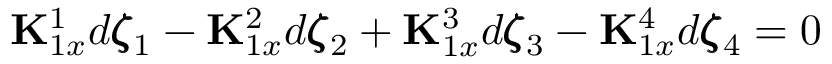
{ \bf K } _ { 1 x } ^ { 1 } d \pmb { \zeta } _ { 1 } - { \bf K } _ { 1 x } ^ { 2 } d \pmb { \zeta } _ { 2 } + { \bf K } _ { 1 x } ^ { 3 } d \pmb { \zeta } _ { 3 } - { \bf K } _ { 1 x } ^ { 4 } d \pmb { \zeta } _ { 4 } = 0